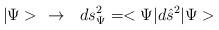
LaTeX: \begin{align*}|\Psi> \ \ \rightarrow \ \ ds^2_\Psi = <\Psi| d\hat s^2 | \Psi>\end{align*}